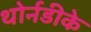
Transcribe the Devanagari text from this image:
थोर्नडीके